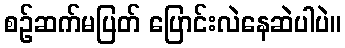
စဉ်ဆက်မပြတ် ပြောင်းလဲနေဆဲပါပဲ။